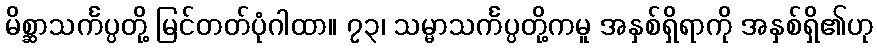
မိစ္ဆာသင်္ကပ္ပတို့ မြင်တတ်ပုံဂါထာ။ ၇၃၊ သမ္မာသင်္ကပ္ပတို့ကမူ အနှစ်ရှိရာကို အနှစ်ရှိ၏ဟု